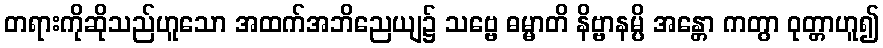
တရားကိုဆိုသည်ဟူသော အထက်အဘိညေယျ၌ သဗ္ဗေ ဓမ္မာတိ နိဗ္ဗာနမ္ပိ အန္တော ကတွာ ဝုတ္တာဟူ၍